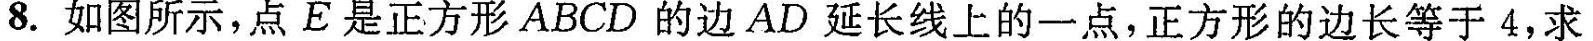
8. 如图所示，点E是正方形ABCD的边AD延长线上的一点，正方形的边长等于4，求